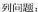
列问题：